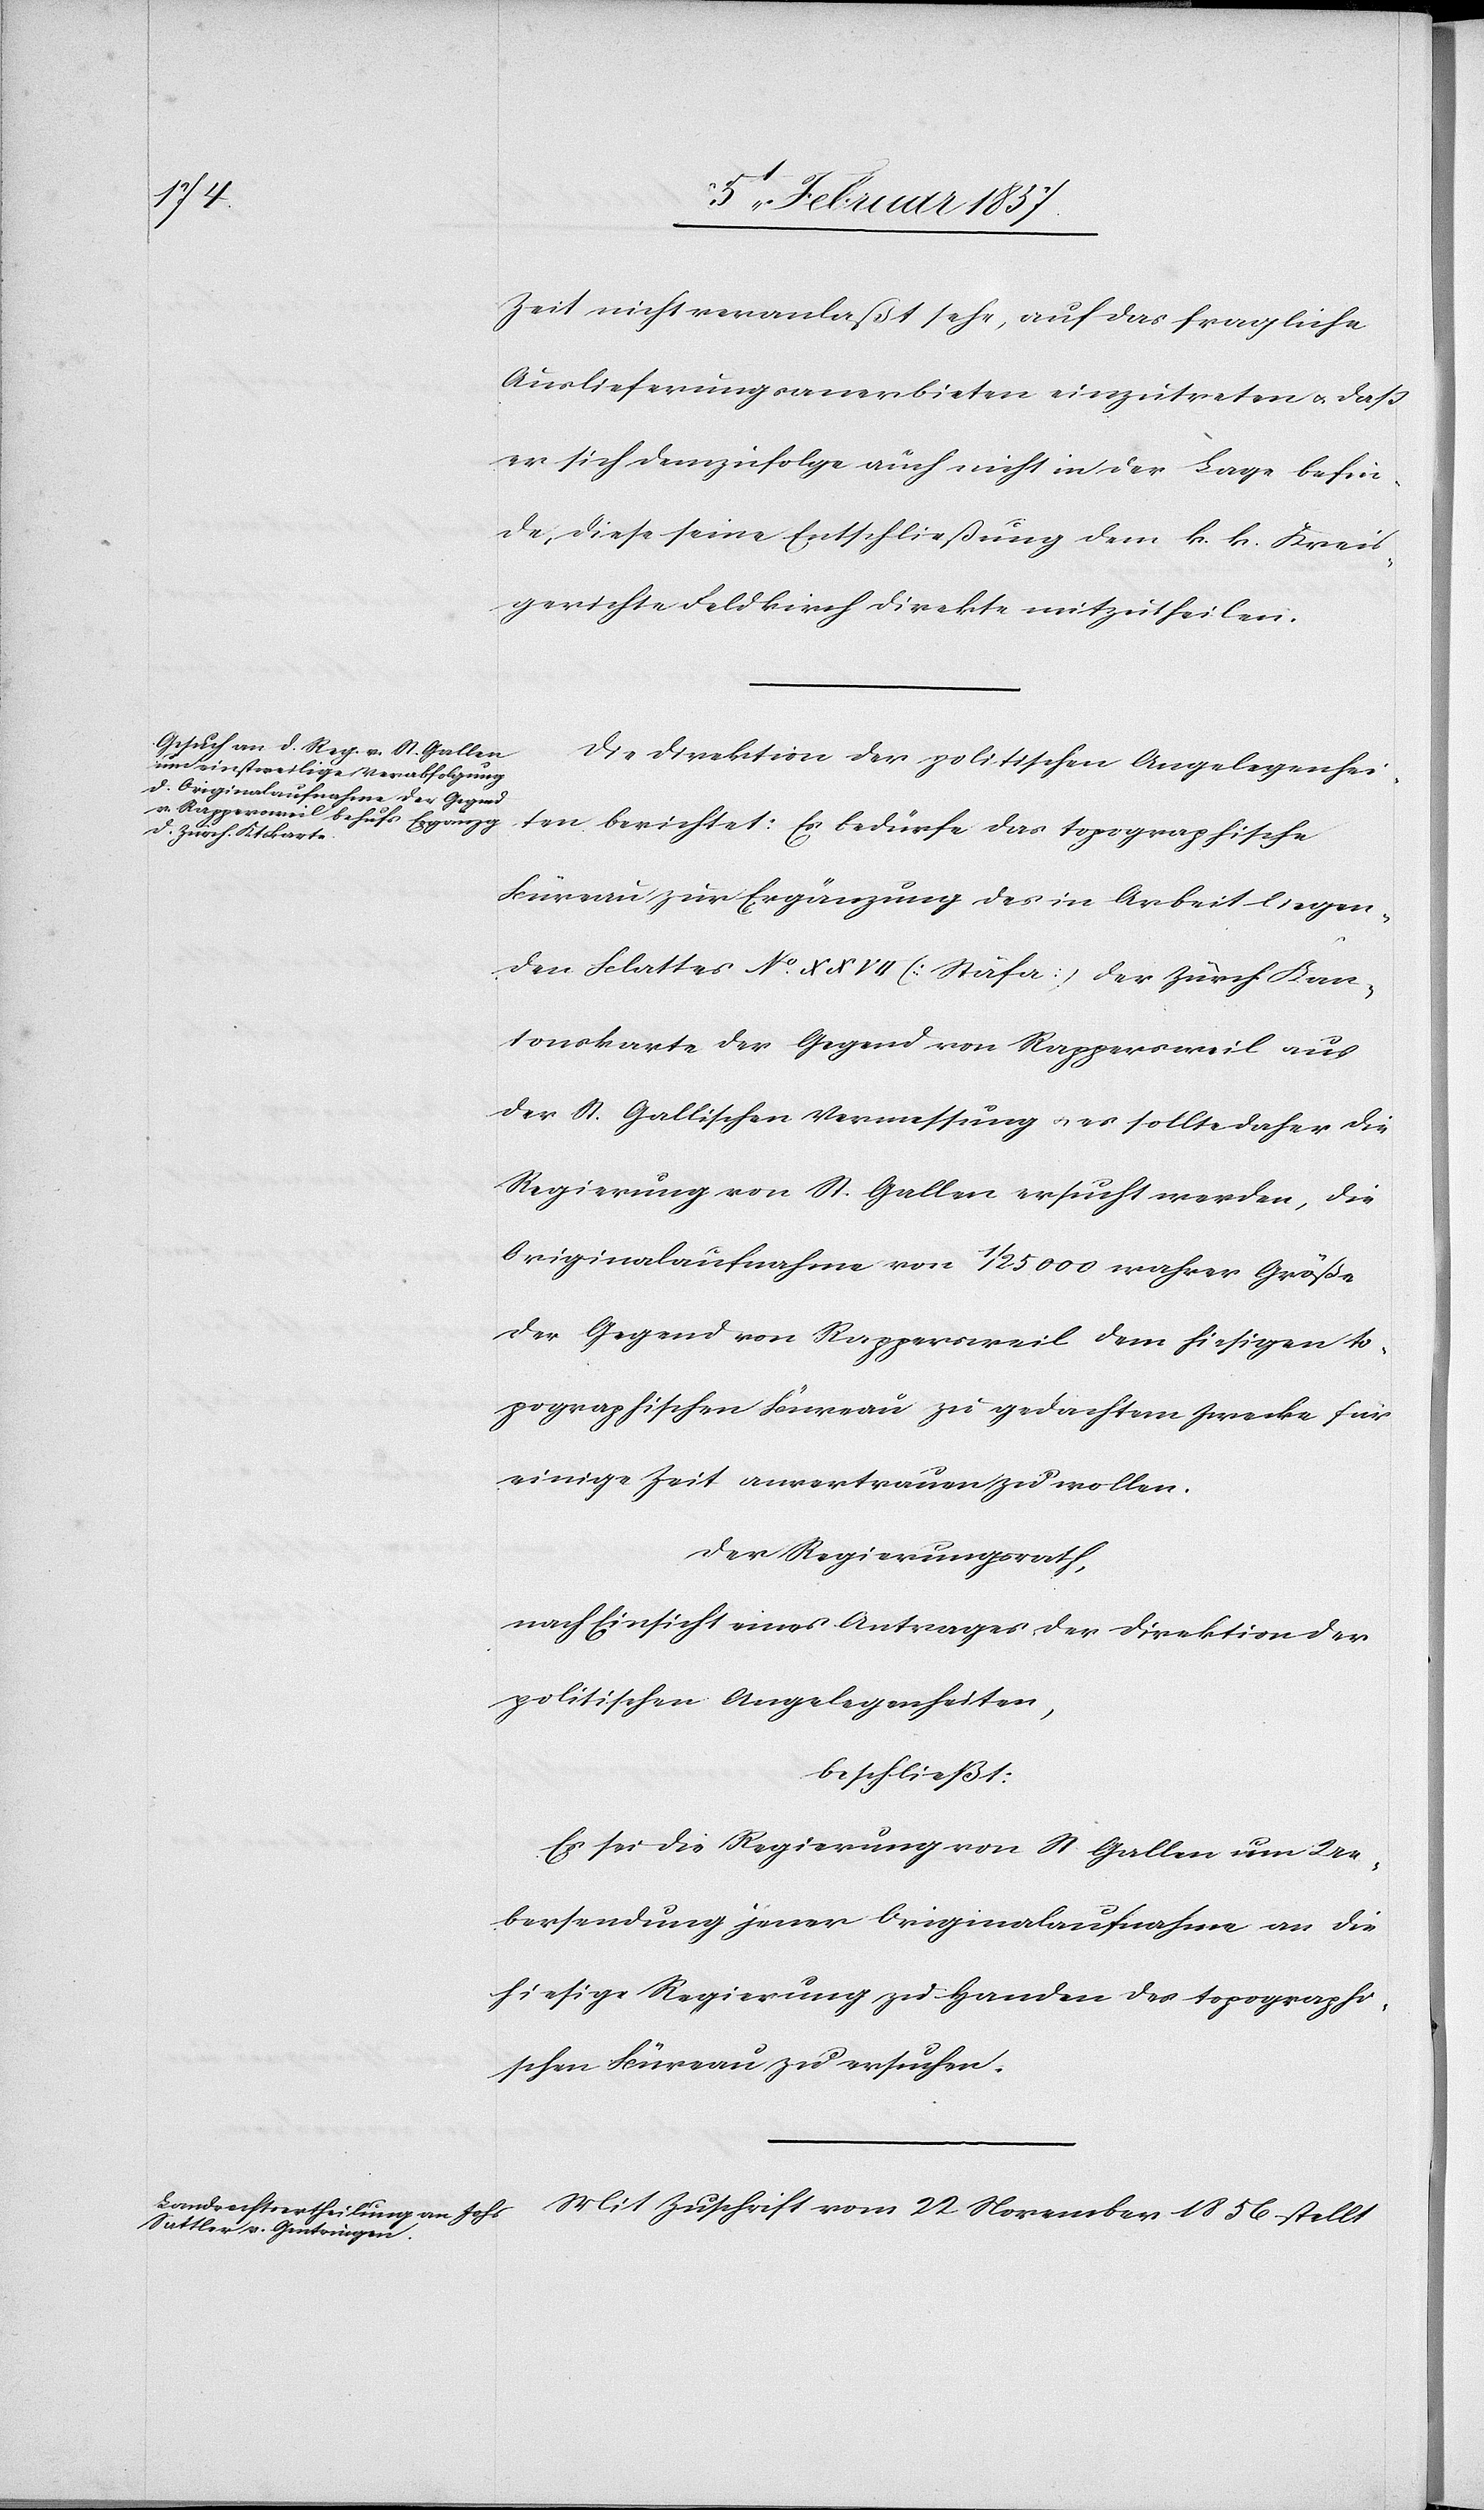
Zeit nicht veranlaßt sehe, auf das fragliche
Auslieferungsanerbieten einzutreten & daß
er sich demzufolge auch nicht in der Lage befin¬
de, diese seine Entschließung dem k. k. Kreis¬
gericht Feldkirch direkte mitzutheilen.
Die Direktion der politischen Angelegenhei¬
ten berichtet: Es bedürfe das topographische
Büreau zur Ergänzung des in Arbeit liegen¬
den Blattes No. XXVII [Stäfa] der Zürch. Kan¬
tonskarte der Gegend von Rappersweil aus
der St. Gallischen Vermessung u. es sollte daher die
Regierung von St. Gallen ersucht werden, die
Originalaufnahme von 1/25 000 wahrer Größe
der Gegend von Rappersweil dem hiesigen to¬
pographischen Büreau zu gedachtem Zwecke für
einige Zeit anvertrauen zu wollen.
Der Regierungsrath,
nach Einsicht eines Antrages der Direktion der
politischen Angelegenheiten,
beschließt:
Es sei die Regierung von St. Gallen um Ue¬
bersendung jener Originalaufnahmen an die
hiesige Regierung zu Handen des topographi¬
schen Büreau zu ersuchen.
Mit Zuschrift vom 22 November 1856 stellt